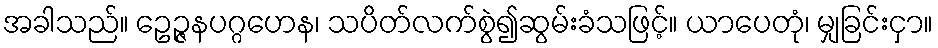
အခါသည်။ ဥေဉ္ဇနပဂ္ဂဟေန၊ သပိတ်လက်စွဲ၍ဆွမ်းခံသဖြင့်။ ယာပေတုံ၊ မျှခြင်းငှာ။